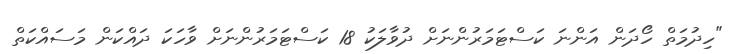
"ހިދުމަތް ހޯދަން އަންނަ ކަސްޓަމަރުންނަށް ދުވާލަކު 18 ކަސްޓަމަރުންނަށް ވާހަކަ ދައްކަން މަސައްކަތް